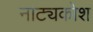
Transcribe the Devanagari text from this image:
नाट्यकोश